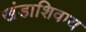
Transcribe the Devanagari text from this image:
खंडाशिवाय